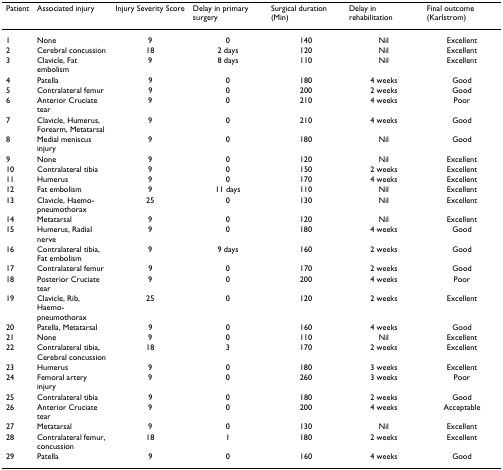
<table><thead><tr><td><b>Patient</b></td><td><b>Associated injury</b></td><td><b>Injury Severity Score</b></td><td><b>Delay in primary surgery</b></td><td><b>Surgical duration (Min)</b></td><td><b>Delay in rehabilitation</b></td><td><b>Final outcome (Karlstrom)</b></td></tr></thead><tbody><tr><td>1</td><td>None</td><td>9</td><td>0</td><td>140</td><td>Nil</td><td>Excellent</td></tr><tr><td>2</td><td>Cerebral concussion</td><td>18</td><td>2 days</td><td>120</td><td>Nil</td><td>Excellent</td></tr><tr><td>3</td><td>Clavicle, Fat embolism</td><td>9</td><td>8 days</td><td>110</td><td>Nil</td><td>Excellent</td></tr><tr><td>4</td><td>Patella</td><td>9</td><td>0</td><td>180</td><td>4 weeks</td><td>Good</td></tr><tr><td>5</td><td>Contralateral femur</td><td>9</td><td>0</td><td>200</td><td>2 weeks</td><td>Good</td></tr><tr><td>6</td><td>Anterior Cruciate tear</td><td>9</td><td>0</td><td>210</td><td>4 weeks</td><td>Poor</td></tr><tr><td>7</td><td>Clavicle, Humerus, Forearm, Metatarsal</td><td>9</td><td>0</td><td>210</td><td>4 weeks</td><td>Good</td></tr><tr><td>8</td><td>Medial meniscus injury</td><td>9</td><td>0</td><td>180</td><td>Nil</td><td>Good</td></tr><tr><td>9</td><td>None</td><td>9</td><td>0</td><td>120</td><td>Nil</td><td>Excellent</td></tr><tr><td>10</td><td>Contralateral tibia</td><td>9</td><td>0</td><td>150</td><td>2 weeks</td><td>Excellent</td></tr><tr><td>11</td><td>Humerus</td><td>9</td><td>0</td><td>170</td><td>4 weeks</td><td>Excellent</td></tr><tr><td>12</td><td>Fat embolism</td><td>9</td><td>11 days</td><td>110</td><td>Nil</td><td>Excellent</td></tr><tr><td>13</td><td>Clavicle, Haemo-pneumothorax</td><td>25</td><td>0</td><td>130</td><td>Nil</td><td>Excellent</td></tr><tr><td>14</td><td>Metatarsal</td><td>9</td><td>0</td><td>120</td><td>Nil</td><td>Excellent</td></tr><tr><td>15</td><td>Humerus, Radial nerve</td><td>9</td><td>0</td><td>180</td><td>4 weeks</td><td>Good</td></tr><tr><td>16</td><td>Contralateral tibia, Fat embolism</td><td>9</td><td>9 days</td><td>160</td><td>2 weeks</td><td>Good</td></tr><tr><td>17</td><td>Contralateral femur</td><td>9</td><td>0</td><td>170</td><td>2 weeks</td><td>Good</td></tr><tr><td>18</td><td>Posterior Cruciate tear</td><td>9</td><td>0</td><td>200</td><td>4 weeks</td><td>Poor</td></tr><tr><td>19</td><td>Clavicle, Rib, Haemo-pneumothorax</td><td>25</td><td>0</td><td>120</td><td>2 weeks</td><td>Excellent</td></tr><tr><td>20</td><td>Patella, Metatarsal</td><td>9</td><td>0</td><td>160</td><td>4 weeks</td><td>Good</td></tr><tr><td>21</td><td>None</td><td>9</td><td>0</td><td>110</td><td>Nil</td><td>Excellent</td></tr><tr><td>22</td><td>Contralateral tibia, Cerebral concussion</td><td>18</td><td>3</td><td>170</td><td>2 weeks</td><td>Excellent</td></tr><tr><td>23</td><td>Humerus</td><td>9</td><td>0</td><td>180</td><td>3 weeks</td><td>Excellent</td></tr><tr><td>24</td><td>Femoral artery injury</td><td>9</td><td>0</td><td>260</td><td>3 weeks</td><td>Poor</td></tr><tr><td>25</td><td>Contralateral tibia</td><td>9</td><td>0</td><td>180</td><td>2 weeks</td><td>Good</td></tr><tr><td>26</td><td>Anterior Cruciate tear</td><td>9</td><td>0</td><td>200</td><td>4 weeks</td><td>Acceptable</td></tr><tr><td>27</td><td>Metatarsal</td><td>9</td><td>0</td><td>130</td><td>Nil</td><td>Excellent</td></tr><tr><td>28</td><td>Contralateral femur, concussion</td><td>18</td><td>1</td><td>180</td><td>2 weeks</td><td>Excellent</td></tr><tr><td>29</td><td>Patella</td><td>9</td><td>0</td><td>160</td><td>4 weeks</td><td>Good</td></tr></tbody></table>